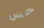
حس